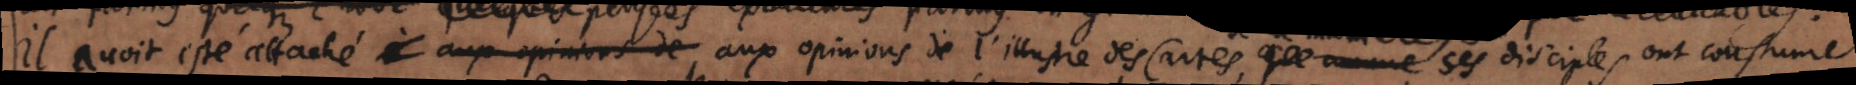
il avoit esté attaché aux opinions de aux opinions de l’illustre Des Cartes, que comme ses disciples ont coustume